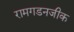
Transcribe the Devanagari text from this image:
रामगडनजीक